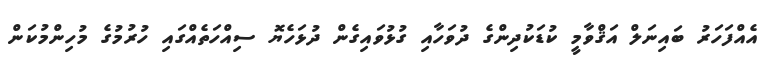
އެއްފަހަރު ބައިނަލް އަޤްވާމީ ކުޑަކުދިންގެ ދުވަހާއި ގުޅުވައިގެން ދުޅަހެޔޮ ސިއްހަތެއްގައި ހުރުމުގެ މުހިންމުކަން